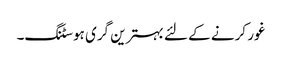
غور کرنے کے لئے بہترین گری ہوسٹنگ۔